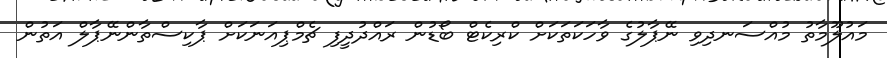
މައުލޫމާތު މުއްސަނދިވި ނޭޕާލުގެ ވާހަކަތަކަށް ކްރިކެޓް ބޯޑުން ރައްދުދީފި ޗެމްޕިއަނަކަށް ޕާކިސްތާންނޭޕާލް އަތުން